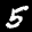
Digit: 5